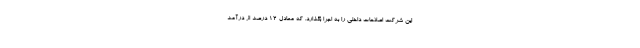
این شرکت اصلاحات داخلی را به اجرا بگذارد. که معادل ۱۲ درصد از درآمد